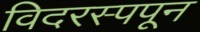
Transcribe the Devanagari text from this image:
विदरस्पपून